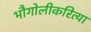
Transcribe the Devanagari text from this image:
भौगोलीकरित्या